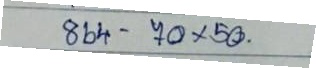
864 - 70 x 50